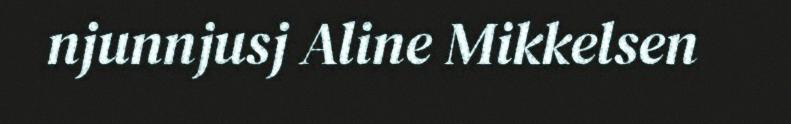
njunnjusj Aline Mikkelsen